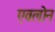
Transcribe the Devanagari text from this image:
एवलोन